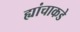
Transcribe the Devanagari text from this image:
ह्यांचाकडे